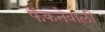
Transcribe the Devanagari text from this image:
फेंकनेवाली